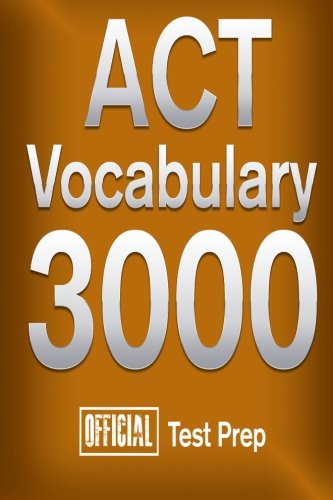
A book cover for Official ACT Vocabulary 3000 : Become a True Master of ACT Vocabulary...Quickly; Official Test Prep Content Team; Test Preparation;